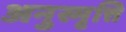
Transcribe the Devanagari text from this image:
अनुस्मृत्ति